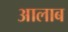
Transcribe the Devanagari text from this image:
आलाब